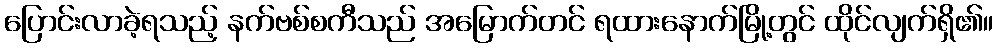
ပြောင်းလာခဲ့ရသည့် နက်ဗစ်စကီသည် အမြောက်တင် ရထားနောက်မြို့တွင် ထိုင်လျက်ရှိ၏။